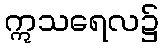
ဣသရေလ၌